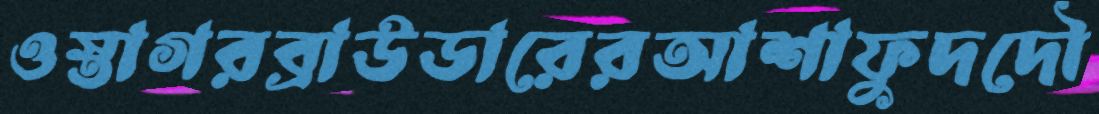
ওস্তাগরব্রাউডারেরআশাফুদদৌ